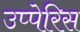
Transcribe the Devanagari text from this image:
उप्पेरिस